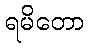
ရမိတော